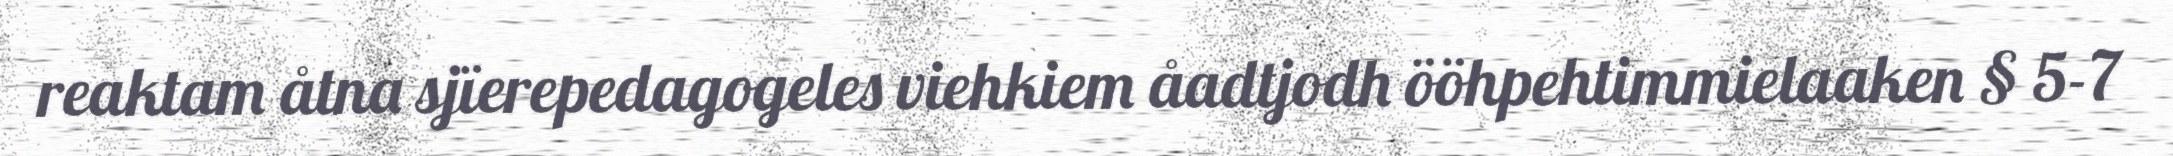
reaktam åtna sjïerepedagogeles viehkiem åadtjodh ööhpehtimmielaaken § 5-7